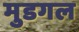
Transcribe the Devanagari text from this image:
मुडगल